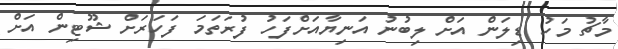
މާޗު މަހު ޑިލަން އަށް ލިބުނު އަނިޔާއަށްފަހު ފުރަތަމަ ފަހަރަށް ޝޫޓިން އަށް